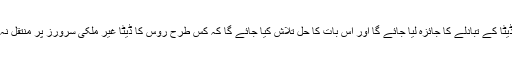
اس دوران روس کے اندر ہونے والے ڈیٹا کے تبادلے کا جائزہ لیا جائے گا اور اس بات کا حل تلاش کیا جائے گا کہ کس طرح روس کا ڈیٹا غیر ملکی سرورز پر منتقل نہ ہوسکے بلکہ ملک کے اندر ہی رہے ۔